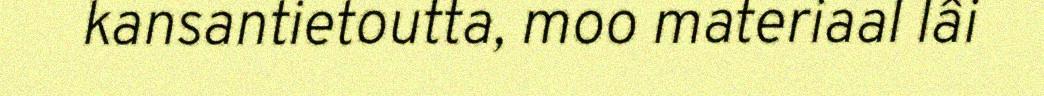
kansantietoutta, moo materiaal lâi